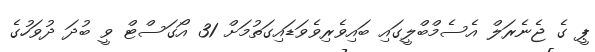
ޕީ ގެ ޖެނެރަލް އެސެމްބްލީގައި ބައިވެރިވެވަޑައިގަތުމަށް 31 އޯގަސްޓް ވީ ބުދަ ދުވަހުގެ